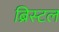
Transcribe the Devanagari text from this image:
ब्रिस्‍टल